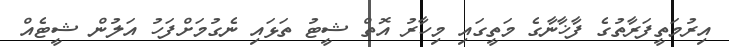
އިރުމަތީފަރާތުގެ ފާޚާނާގެ މަތީގައި މިހާރު އޮތް ޝީޓު ތަޅައި ނެގުމަށްފަހު އަލުން ޝީޓެއް